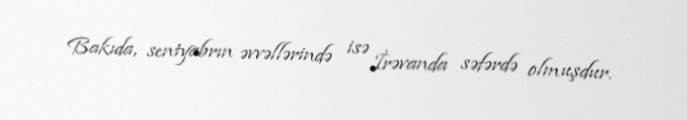
Bakıda, sentyabrın əvvəllərində isə İrəvanda səfərdə olmuşdur.